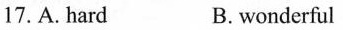
17, A. hard B.wonderful